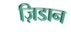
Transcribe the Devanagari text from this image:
ज़िडान